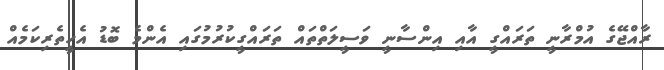
ރާއްޖޭގެ އުމްރާނީ ތަރައްގީ އާއި އިންސާނީ ވަސީލަތްތައް ތަރައްގީކުރުމުގައި އެންމެ ބޮޑު އެހީތެރިކަމެއް